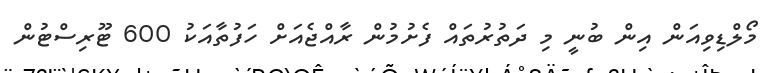
މޯލްޑިވިއަން އިން ބުނީ މި ދަތުރުތައް ފެށުމުން ރާއްޖެއަށް ހަފުތާއަކު 600 ޓޫރިސްޓުން